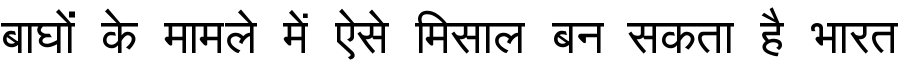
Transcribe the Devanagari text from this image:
बाघों के मामले में ऐसे मिसाल बन सकता है भारत